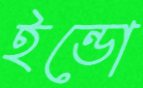
ইন্ডো